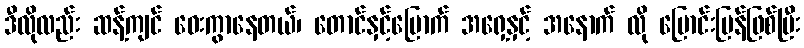
ဒီလိုလည်း ဆန့်ကျင် ဝေးကွာနေတယ်၊ တောင်နှင့်မြောက် အရှေ့နှင့် အနောက် လို ပြောင်းပြန်ဖြစ်ပြီး